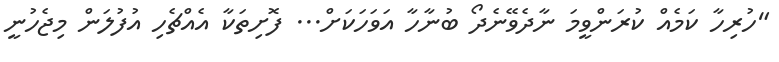
"ހުރިހާ ކަމެއް ކުރަންވީމަ ނާދެވޭނެދޯ ބުނާހާ އަވަހަކަށް... ފޮށިތަކާ އެއްޗެހި އުފުލަން މިޖެހުނީ